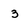
Character: 3